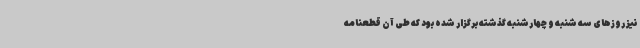
نیز روزهای سه شنبه و چهارشنبه گذشته برگزار شده بود که طی آن قطعنامه